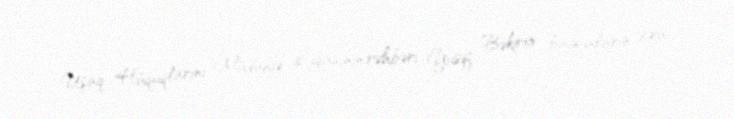
Uşaq Hüquqlarını Müdafiə Liqasının rəhbəri Yusif Bəkirov bağçaların icra